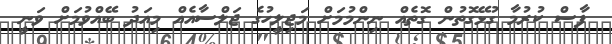
ފާސް ކުރުމާ ގުޅޭގޮތުން ގޮތެއް ނިންމުމަށް މަޖިލީހުގެ ޖަލްސާއެއް މިއަދު ބޭއްވުމަށް ވަނީ